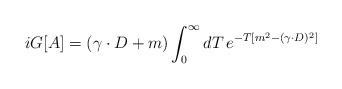
LaTeX: \begin{align*}iG[A]=(\gamma\cdot D+m)\int_0^\infty dT\,e^{-T[m^2-(\gamma\cdot D)^2]}\end{align*}